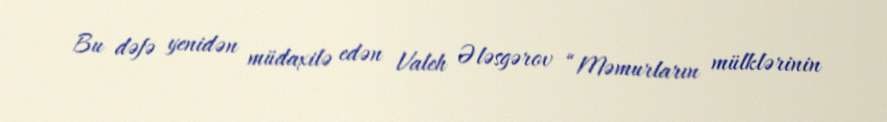
Bu dəfə yenidən müdaxilə edən Valeh Ələsgərov “Məmurların mülklərinin